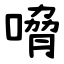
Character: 嗋